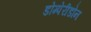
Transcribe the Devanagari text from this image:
डोम्पेरीडोन